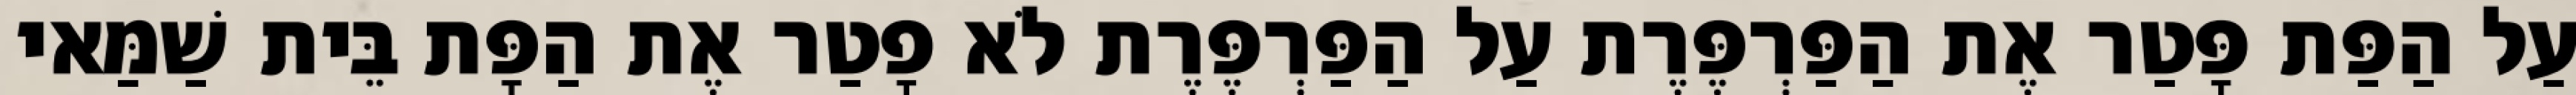
עַל הַפַּת פָּטַר אֶת הַפַּרְפֶּרֶת עַל הַפַּרְפֶּרֶת לֹא פָטַר אֶת הַפָּת בֵּית שַׁמַּאי